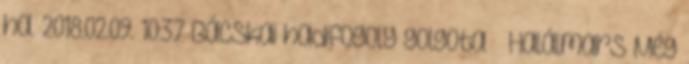
ha. 2018.02.09. 10:37 Bácskai hadifogoly golgota – Halálmars Még